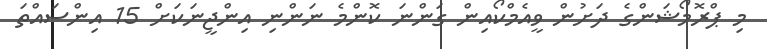
މި ޕްރޮމޯޝަންގެ ދަށުން ވީއެމްކޯއިން ގަންނަ ކޮންމެ ނަންނި އިންޖީނަކަށް 15 އިންސައްތަ